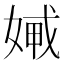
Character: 𡞨